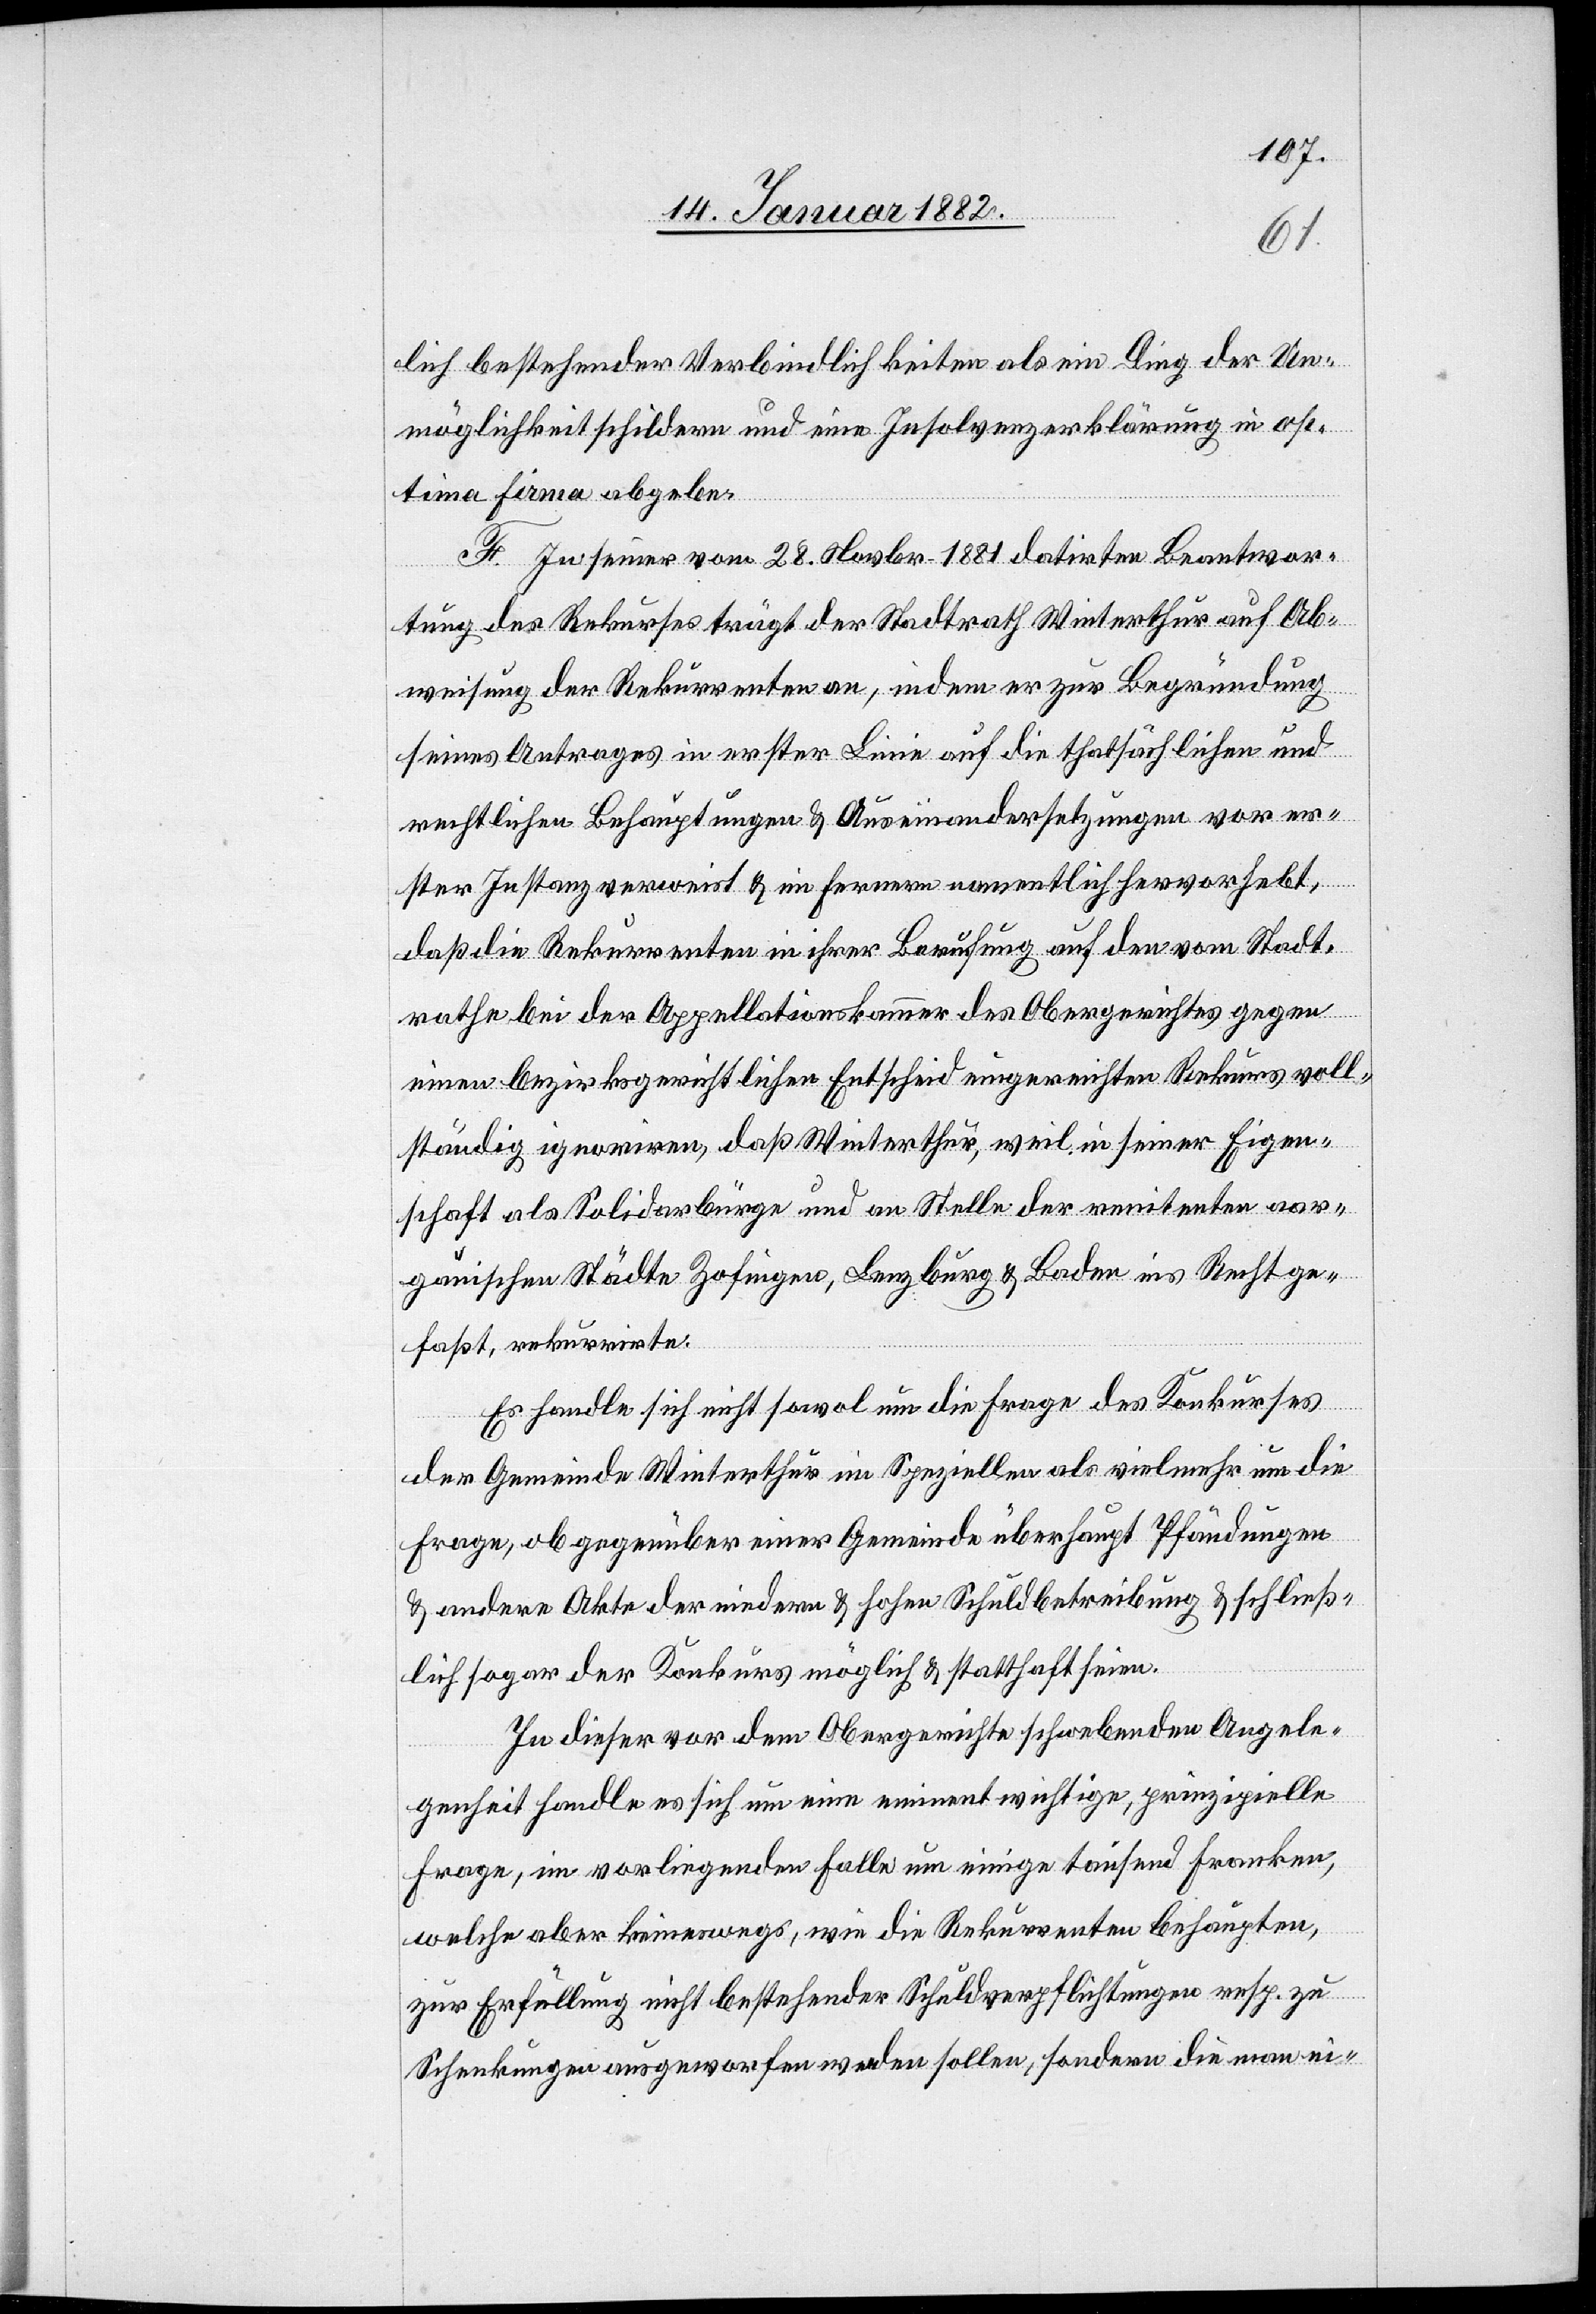
lich bestehender Verbindlichkeiten als ein Ding der Un¬
möglichkeit schildere und eine Insolvenzerklärung in op¬
tima firma abgebe.
H. In seiner vom 28. Novbr. 1881 datirten Beantwor¬
tung des Rekurses trägt der Stadtrath Winterthur auf Ab¬
weisung der Rekurrenten an, indem er zur Begründung
seines Antrages in erster Linie auf die thatsächlichen und
rechtlichen Behauptungen & Auseinandersetzungen vor er¬
ster Instanz verweist & im fernerem namentlich hervorhebt,
daß die Rekurrenten in ihrer Berufung auf den vom Stadt¬
rathe bei der Appellationskammer des Obergerichtes gegen
einen bezirksgerichtlichen Entscheid eingereichten Rekurs voll¬
ständig ignorieren, daß Winterthur, weil in seiner Eigen¬
schaft als Solidarbürge und an Stelle der renitenten aar¬
gauischen Städte Zofingen, Lenzburg & Baden ins Recht ge¬
faßt, rekurrirten.
Es handle sich nicht sowol um die Frage des Konkurses
der Gemeinde Winterthur im Speziellen als vielmehr um die
Frage, ob gegenüber einer Gemeinde überhaupt Pfändungen
& andere Akte der minderen & hohen Schuldbetreibung & schließ¬
lich der Konkurs möglich & statthaft seien.
Zu dieser von dem Obergerichte schwebenden Angele¬
genheit handle es sich um eine eminent wichtige, prinzipielle
Frage, im vorliegenden Falle um einige tausend Franken,
welche aber keineswegs, wie die Rekurrenten behaupten,
zur Erfüllung nicht bestehender Schuldverpflichtungen resp. zu
Schenkungen ausgeworfen werden sollen, sondern die man ei-